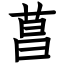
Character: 菖